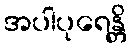
အပါပုရေန္တိ